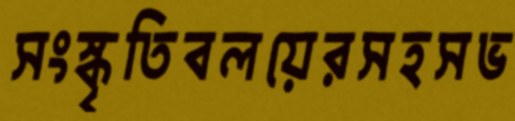
সংস্কৃতিবলয়েরসহসভ